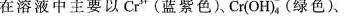
0.51在溶液中主要以Cr^{3+}(蓝紫色)、Cr（OH）^{-}_{4}(绿色)、